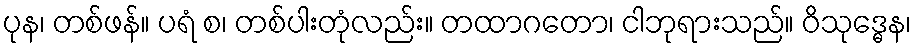
ပုန၊ တစ်ဖန်။ ပရံ စ၊ တစ်ပါးတုံလည်း။ တထာဂတော၊ ငါဘုရားသည်။ ဝိသုဒ္ဓေန၊